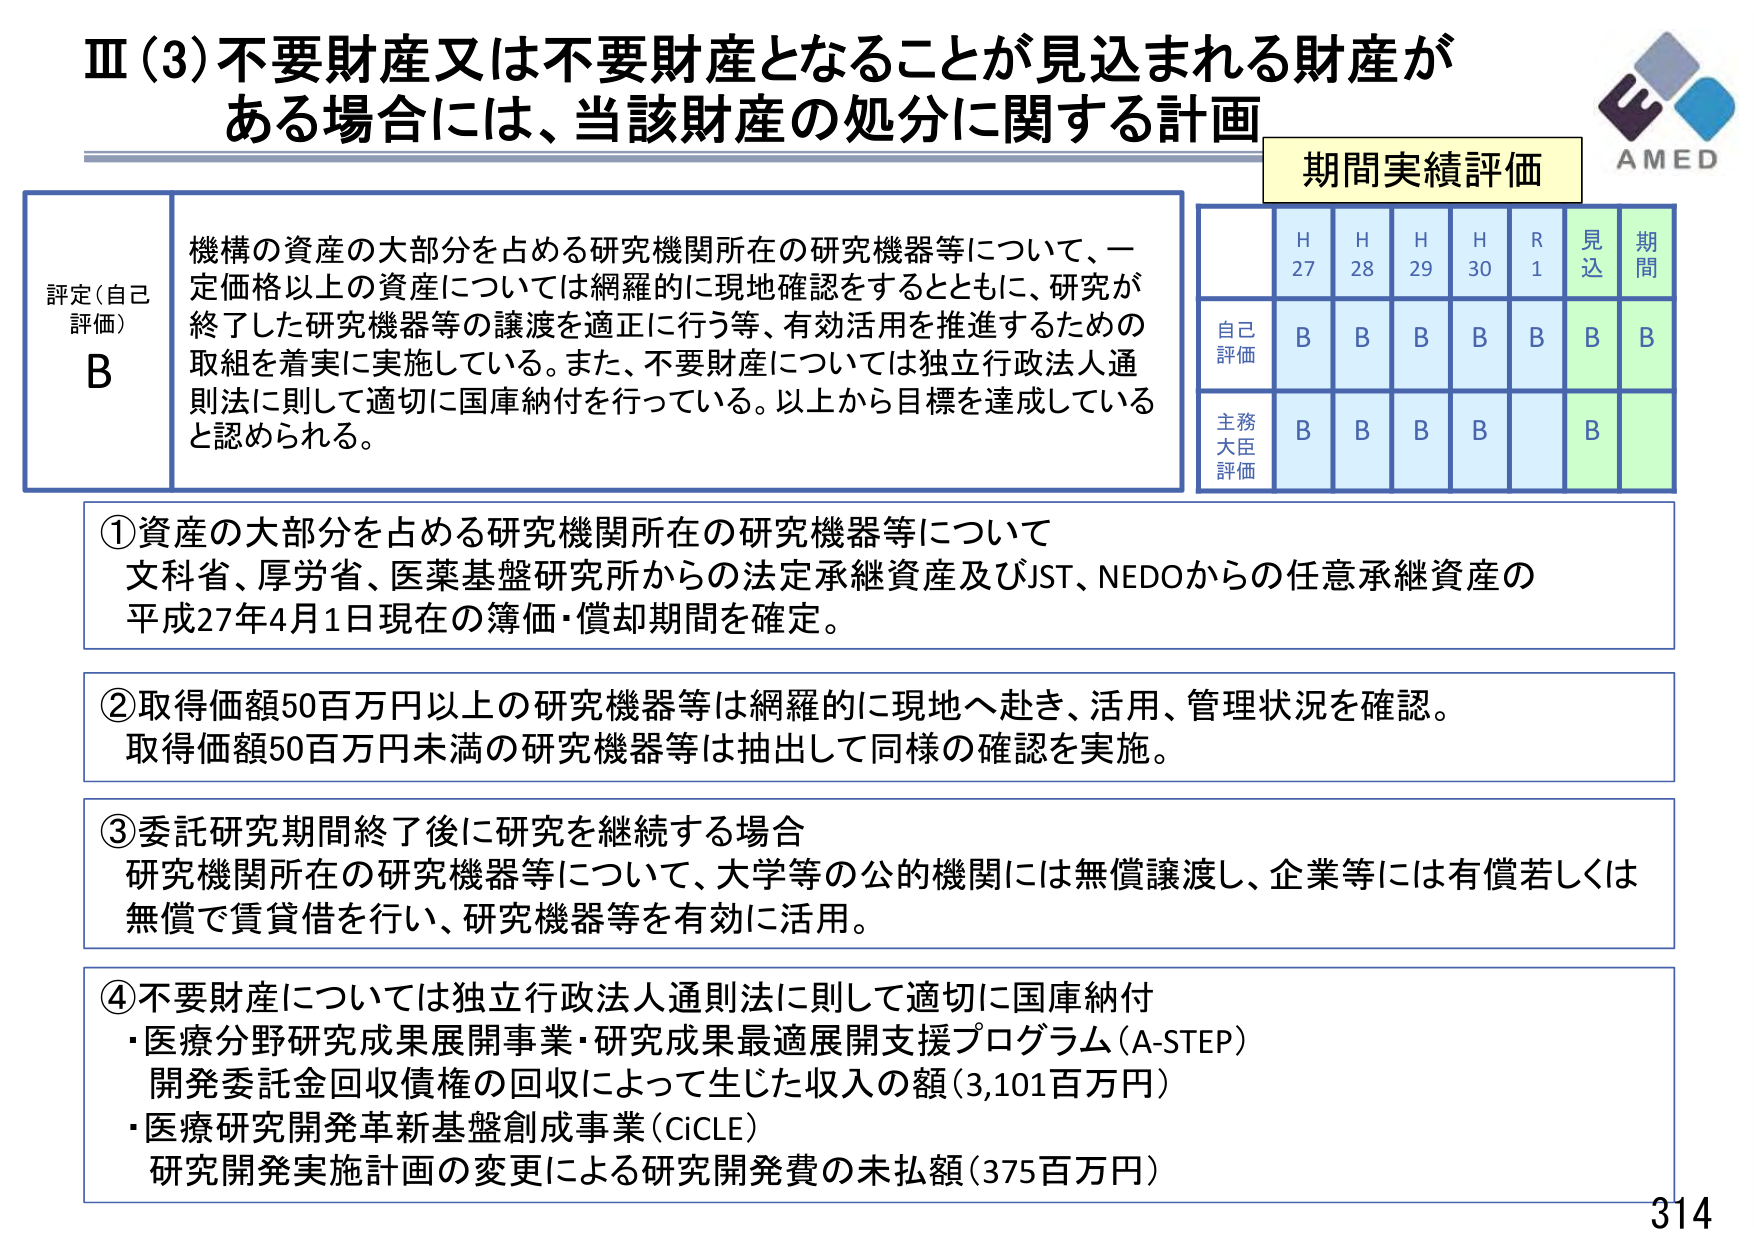
Ⅲ（3）不要財産又は不要財産となることが見込まれる財産がある場合には、当該財産の処分に関する計画

期間実績評価

評定（自己評価）
B

機構の資産の大部分を占める研究機関所在の研究機器等について、一定価格以上の資産については網羅的に現地確認をするとともに、研究が終了した研究機器等の譲渡を適正に行う等、有効活用を推進するための取組を着実に実施している。また、不要財産については独立行政法人通則法に則して適切に国庫納付を行っている。以上から目標を達成していると認められる。

H27 H28 H29 H30 R1 見込 期間
自己評価 B B B B B B B
主務大臣評価 B B B B   B

①資産の大部分を占める研究機関所在の研究機器等について
文科省、厚労省、医薬基盤研究所からの法定承継資産及びJST、NEDOからの任意承継資産の平成27年4月1日現在の簿価・償却期間を確定。

②取得価額50百万円以上の研究機器等は網羅的に現地へ赴き、活用、管理状況を確認。
取得価額50百万円未満の研究機器等は抽出して同様の確認を実施。

③委託研究期間終了後に研究を継続する場合
研究機関所在の研究機器等について、大学等の公的機関には無償譲渡し、企業等には有償若しくは無償で賃貸借を行い、研究機器等を有効に活用。

④不要財産については独立行政法人通則法に則して適切に国庫納付
・医療分野研究成果展開事業・研究成果最適展開支援プログラム（A-STEP）
開発委託金回収債権の回収によって生じた収入の額（3,101百万円）
・医療研究開発革新基盤創成事業（CiCLE）
研究開発実施計画の変更による研究開発費の未払額（375百万円）

AMED
314